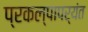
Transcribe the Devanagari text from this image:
प्रकल्पापर्यंत